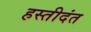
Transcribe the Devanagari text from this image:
हस्तीदंत